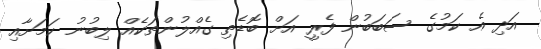
އަދި އެ ކަމުގެ ސަބަބުން ފެރީ އަށް ބޮޑެތި ގެއްލުންތަކެއް ލިބުނު ކަމަށާއި